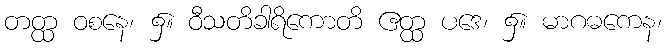
တတ္ထ ဝစနေ၊ ၌။ ဝီသတိခါရိကောတိ ဧတ္ထ ပဒေ၊ ၌။ မာဂဓကေန၊